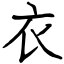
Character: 衣